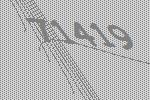
71419